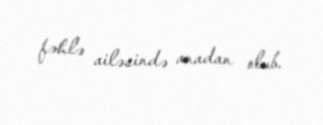
fəhlə ailəsində anadan olub.